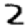
Digit: 2